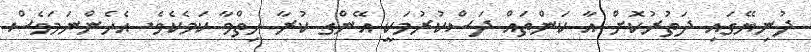
ދުނިޔޭގައި ދަތުރުކޮށް އާ ކަންތައް ދަސްކުރުމަކީ އޭންގ ކުރާ ހިތްވާ ކަމެކެވެ. އެހެންނަމަވެސް